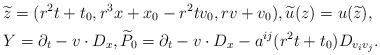
LaTeX: \begin{align*} & \widetilde z = (r^2 t + t_0, r^3 x + x_0 - r^2 t v_0, r v + v_0),\widetilde u (z) = u (\widetilde z),\\& Y = \partial_t - v \cdot D_x, \widetilde P_0 = \partial_t - v \cdot D_x - a^{ij} ( r^2 t + t_0 ) D_{v_i v_j}. \end{align*}